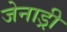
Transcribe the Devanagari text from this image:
जेनाड्री